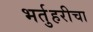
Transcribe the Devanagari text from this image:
भर्तुहरीचा